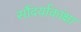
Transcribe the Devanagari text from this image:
सौंदर्याकांक्षा